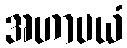
အဟာပယံ